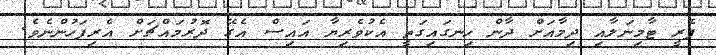
ފެރީ ޓާމިނަލާއި ދިމާއަށް ދާން ހިނގައިގަތީ އެކުވެރިޔާ އައިސް އެގޭ ދޮރުމައްޗަށް އެރިފަހުންނެވެ.